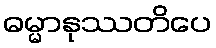
ဓမ္မာနုဿတိပေ